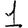
Digit: 1